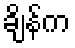
ချိန်က